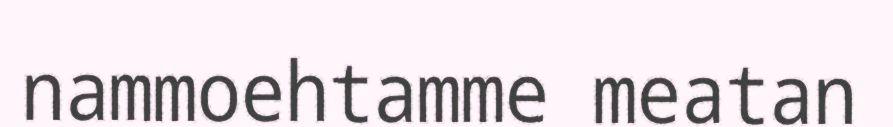
nammoehtamme meatan